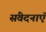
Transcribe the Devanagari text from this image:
संवेदनाऍं